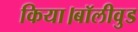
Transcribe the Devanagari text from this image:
किया।बॉलीवुड